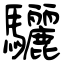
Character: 驪